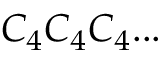
C _ { 4 } C _ { 4 } C _ { 4 } . . .